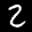
Label: 2